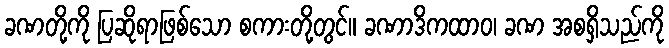
ခဏတို့ကို ပြဆိုရာဖြစ်သော စကားတို့တွင်။ ခဏာဒိကထာဝ၊ ခဏ အစရှိသည်ကို